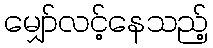
မျှော်လင့်နေသည့်